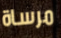
مرساة